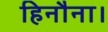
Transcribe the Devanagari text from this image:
हिनौना।